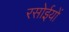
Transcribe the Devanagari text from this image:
रसोईयों